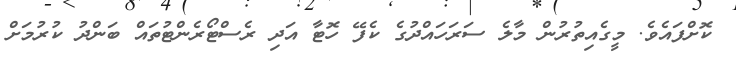
ކޮށްފައެވެ. މީގެއިތުރުން މާލެ ސަރަހައްދުގެ ކެފޭ ހޮޓާ އަދި ރެސްޓޯރެންޓުތައް ބަންދު ކުރުމަށް